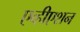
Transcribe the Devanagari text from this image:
एव्हीएशन